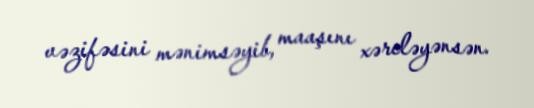
vəzifəsini mənimsəyib, maaşını xərcləyənsən.